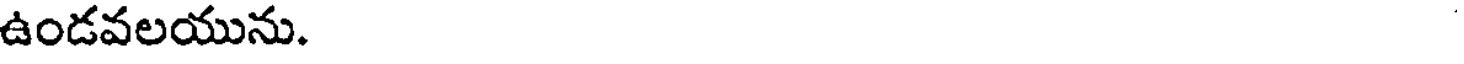
ఉండవలయును.